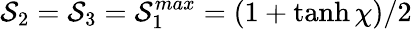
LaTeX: \mathcal{S}_{2}=\mathcal{S}_{3}=\mathcal{S}_{1}^{max}=(1+\operatorname{tanh}\chi)/2